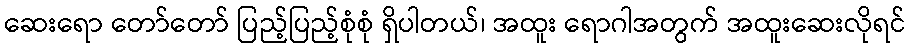
ဆေးရော တော်တော် ပြည့်ပြည့်စုံစုံ ရှိပါတယ်၊ အထူး ရောဂါအတွက် အထူးဆေးလိုရင်